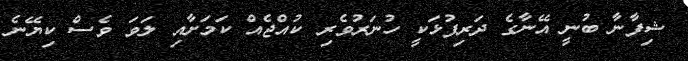
ޝިފާނާ ބުނީ އޭނާގެ ދަރިފުޅަކީ ހުނަރުވެރި ކުއްޖެއް ކަމަށާއި ލަވަ ވެސް ކިޔޭނެ